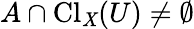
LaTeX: A\cap\operatorname{Cl}_{\mathit{X}}(U)\neq\emptyset